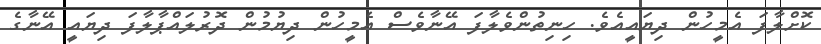
ކޮށްލާފަ އެމީހުން ދިޔައީއެވެ. ހިނިތުންވެލާފަ އޭނާވެސް އެމީހުން ދިޔުމުން ދޮރުލައްޕާލާފަ ދިޔައީ އޭނާގެ